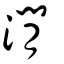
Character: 㵎